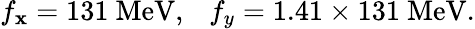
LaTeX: f_{\mathbf{x}}=131~\mathrm{{MeV}},\ \ \ f_{y}=1.41\times131~\mathrm{{MeV}}.